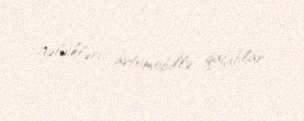
gəldikləri avtomobillə qaçıblar.